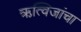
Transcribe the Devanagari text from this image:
ऋत्विजांचा